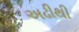
અઢીથી